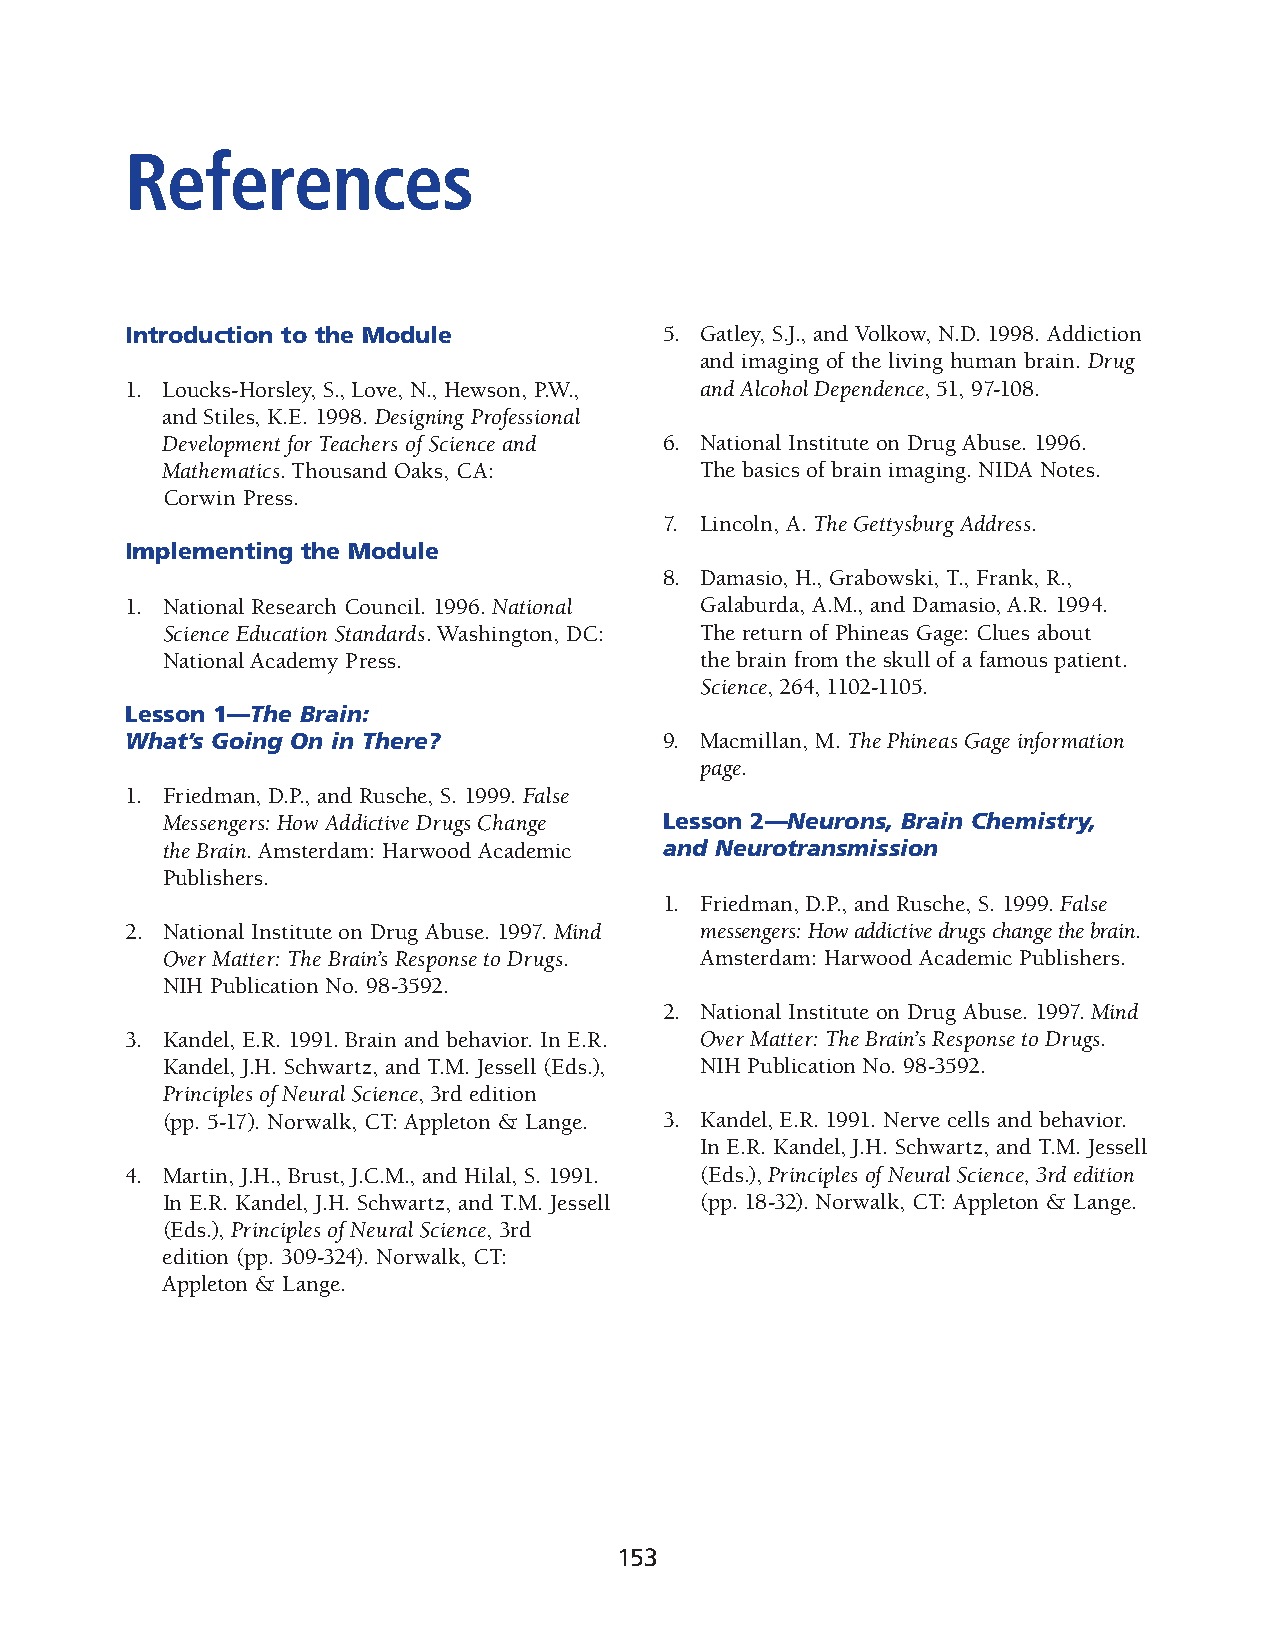
References
 Introduction to the Module          5. Gatley, S.J., and Volkow, N.D. 1998. Addiction
 and imaging of the living human brain. Drug
 1. Loucks-Horsley, S., Love, N., Hewson, P.W., and Alcohol Dependence, 51, 97-108.
 and Stiles, K.E. 1998. Designing Professional
 Development for Teachers of Science and 6. National Institute on Drug Abuse. 1996.
 Mathemat ics. Thousand Oaks, CA:   The basics of brain imaging. NIDA Notes.
 Corwin Press.
 7. Lincoln, A. The Gettysburg Address.
 Implementing the Module
 8. Damasio, H., Grabowski, T., Frank, R.,
 1. National Research Council. 1996. National Gal aburda, A.M., and Damasio, A.R. 1994.
 Sci ence Education Standards. Washington, DC: The return of Phineas Gage: Clues about
 National Academy Press.            the brain from the skull of a famous patient.
 Science, 264, 1102-1105.
 Lesson 1—The Brain:
 What’s Going On in There?           9. Macmillan, M. The Phineas Gage information
 page.
 1. Friedman, D.P., and Rusche, S. 1999. False
 Mes sengers: How Addictive Drugs Change Lesson 2—Neurons, Brain Chemistry,
 the Brain. Amsterdam: Harwood Academic and Neurotransmission
 Publishers.
 1. Friedman, D.P., and Rusche, S. 1999. False
 2. National Institute on Drug Abuse. 1997. Mind mes sengers: How addictive drugs change the brain.
 Over Matter: The Brain’s Response to Drugs. Amsterdam: Harwood Academic Publishers.
 NIH Publication No. 98-3592.
 2. National Institute on Drug Abuse. 1997. Mind
 3. Kandel, E.R. 1991. Brain and behavior. In E.R. Over Matter: The Brain’s Response to Drugs.
 Kandel, J.H. Schwartz, and T.M. Jessell (Eds.), NIH Publication No. 98-3592.
 Principles of Neural Science, 3rd edition
 (pp. 5-17). Norwalk, CT: Appleton & Lange. 3. Kandel, E.R. 1991. Nerve cells and behavior.
 In E.R. Kandel, J.H. Schwartz, and T.M. Jessell
 4. Martin, J.H., Brust, J.C.M., and Hilal, S. 1991. (Eds.), Principles of Neural Science, 3rd edition
 In E.R. Kandel, J.H. Schwartz, and T.M. Jes sell (pp. 18-32). Norwalk, CT: Appleton & Lange.
 (Eds.), Principles of Neural Science, 3rd
 edi tion (pp. 309-324). Norwalk, CT:
 Appleton & Lange.
 153